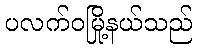
ပလက်ဝမြို့နယ်သည်